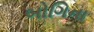
બોગિના